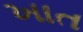
ખાત